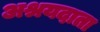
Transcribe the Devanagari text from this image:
अश्रयदाता